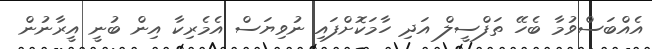
އެއްބަސްވުމާ ބެހޭ ތަފްސީލް އަދި ހާމަކޮށްފައި ނުވިޔަސް އެމެރިކާ އިން ބުނީ އީރާނުން